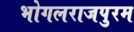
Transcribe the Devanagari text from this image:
भोगलराजपुरम